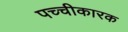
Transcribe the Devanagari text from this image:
पच्चीकारक